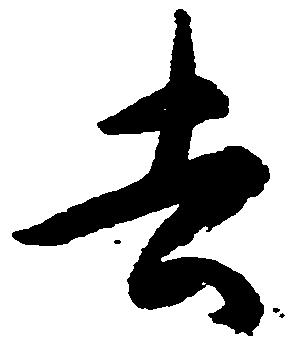
去